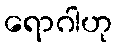
ရောဂါဟု